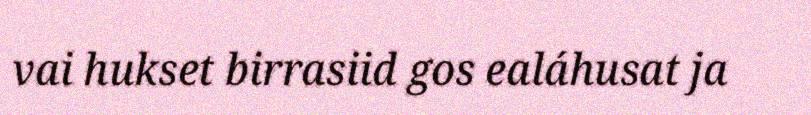
vai hukset birrasiid gos ealáhusat ja